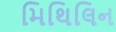
મિથિલિન